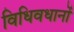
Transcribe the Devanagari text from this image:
विधिवधानों